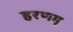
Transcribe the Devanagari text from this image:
हरणम्